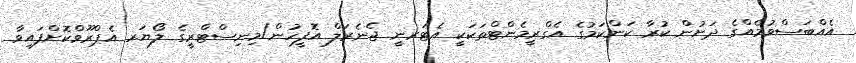
އެއްބަސްވުމެއްގެ ދަށުން ކުރާ ކަންކަމުގެ އެގްރީމެންޓްތަކަކީ އެޓަރނީ ޖެނެރަލް އޮފީހުން/މިނިސްޓްރީގެ ލޯޔަރ އެޕްރޫވްކޮށްފައިވާ